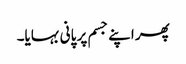
پھر اپنے جسم پر پانی بہایا۔